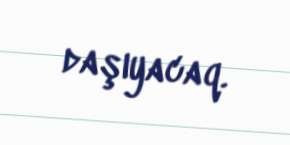
daşıyacaq.